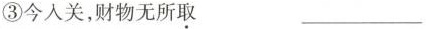
③今入关，财物无所取 ___